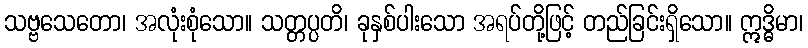
သဗ္ဗသေတော၊ အလုံးစုံသော။ သတ္တပ္ပတိ၊ ခုနှစ်ပါးသော အရပ်တို့ဖြင့် တည်ခြင်းရှိသော။ ဣဒ္ဓိမာ၊